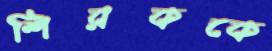
শিরককে